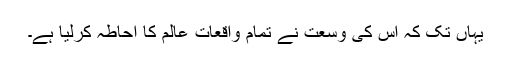
یہاں تک کہ اس کی وسعت نے تمام واقعاتِ عالم کا احاطہ کرلیا ہے۔